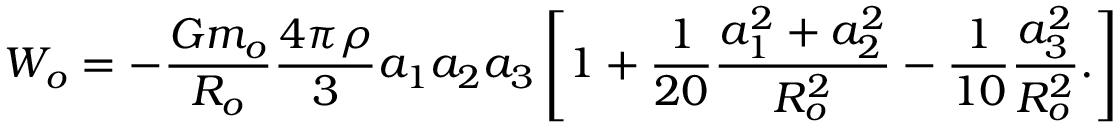
W _ { o } = - \frac { G m _ { o } } { R _ { o } } \frac { 4 \pi \rho } { 3 } a _ { 1 } a _ { 2 } a _ { 3 } \left[ 1 + \frac { 1 } { 2 0 } \frac { a _ { 1 } ^ { 2 } + a _ { 2 } ^ { 2 } } { R _ { o } ^ { 2 } } - \frac { 1 } { 1 0 } \frac { a _ { 3 } ^ { 2 } } { R _ { o } ^ { 2 } } . \right]